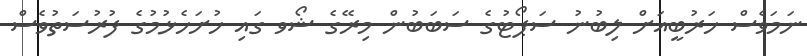
ނަމަވެސް ހަރުބީއަށް ލިބުނު ސަޕޯޓުގެ ސަބަބުން މިރޭގެ ޝޯވ ގައި ހުށަހެޅުމުގެ ފުރުސަތުވެސް